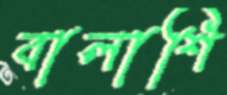
বালাশি